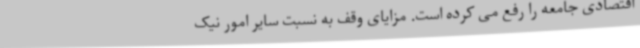
اقتصادی جامعه را رفع می کرده است. مزایای وقف به نسبت سایر امور نیک